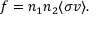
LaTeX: f = n _ { 1 } n _ { 2 } \langle \sigma v \rangle .